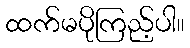
ထက်မပိုကြည့်ပါ။